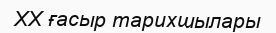
XX ғасыр тарихшылары